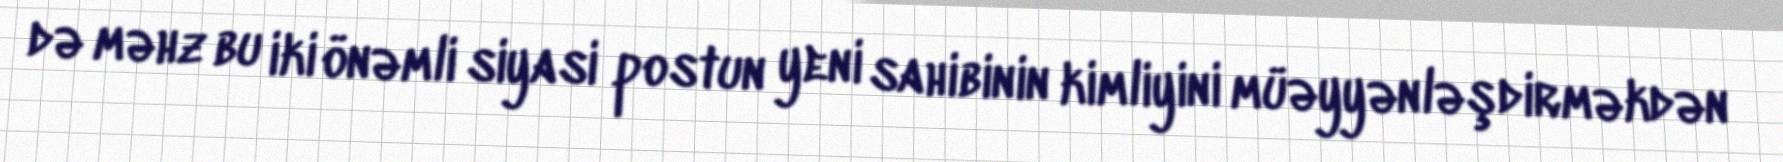
də məhz bu iki önəmli siyasi postun yeni sahibinin kimliyini müəyyənləşdirməkdən